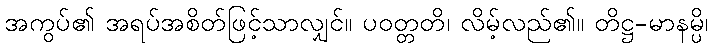
အကွပ်၏ အရပ်အစိတ်ဖြင့်သာလျှင်။ ပဝတ္တတိ၊ လိမ့်လည်၏။ တိဋ္ဌ-မာနမ္ပိ၊